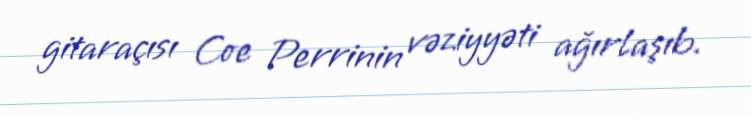
gitaraçısı Coe Perrinin vəziyyəti ağırlaşıb.